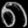
Digit: ၈